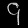
Digit: ၄